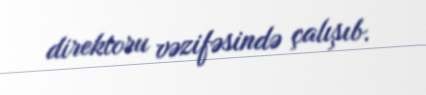
direktoru vəzifəsində çalışıb.